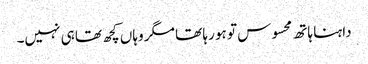
داہنا ہاتھ محسوس تو ہو رہا تھا مگر وہاں کچھ تھا ہی نہیں۔